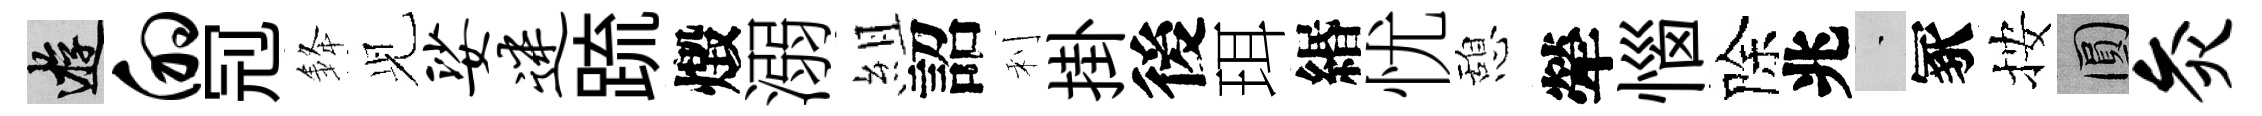
游的𠜍𨦟𫤗娑迷䟽燬溺組詔利掛後珥緡忧憩犖惱除兆蒙冢按圓灸